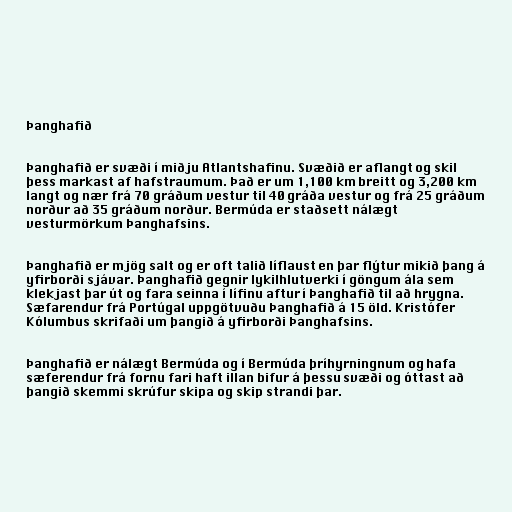
Þanghafið

Þanghafið er svæði í miðju Atlantshafinu. Svæðið er aflangt og skil
þess markast af hafstraumum. Það er um 1,100 km breitt og 3,200 km
langt og nær frá 70 gráðum vestur til 40 gráða vestur og frá 25 gráðum
norður að 35 gráðum norður. Bermúda er staðsett nálægt
vesturmörkum Þanghafsins.

Þanghafið er mjög salt og er oft talið líflaust en þar flýtur mikið þang á
yfirborði sjávar. Þanghafið gegnir lykilhlutverki í göngum ála sem
klekjast þar út og fara seinna í lífinu aftur í Þanghafið til að hrygna.
Sæfarendur frá Portúgal uppgötvuðu Þanghafið á 15 öld. Kristófer
Kólumbus skrifaði um þangið á yfirborði Þanghafsins.

Þanghafið er nálægt Bermúda og í Bermúda þríhyrningnum og hafa
sæferendur frá fornu fari haft illan bifur á þessu svæði og óttast að
þangið skemmi skrúfur skipa og skip strandi þar.